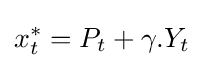
x_{t}^{*}=P_{t}+\gamma .Y_{t}